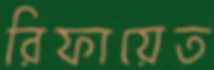
রিফায়েত